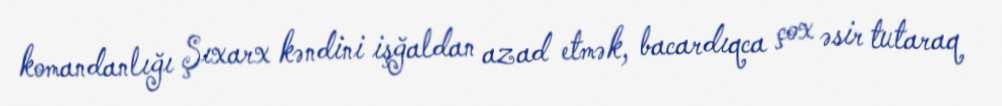
komandanlığı Şıxarx kəndini işğaldan azad etmək, bacardıqca çox əsir tutaraq